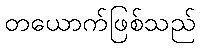
တယောက်ဖြစ်သည်